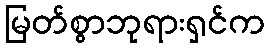
မြတ်စွာဘုရားရှင်က